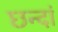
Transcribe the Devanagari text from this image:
छन्दां